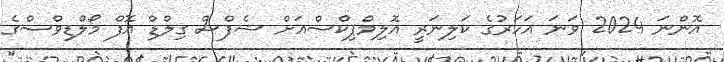
އޮންނަ 2024 ވަނަ އަހަރުގެ ކަލިނަރީ އޮލިމްޕިކްސްއަށް ޝެފްސް ގިލްޑް އޮފް މޯލްޑިވްސްގެ